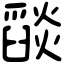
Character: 𦦨